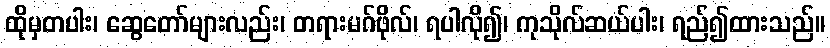
ထိုမှတပါး၊ ဆွေတော်များလည်း၊ တရားမဂ်ဖိုလ်၊ ရပါလို၍၊ ကုသိုလ်ဆယ်ပါး၊ ရည်၍ထားသည်။